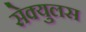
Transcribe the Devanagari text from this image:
सेक्युलस